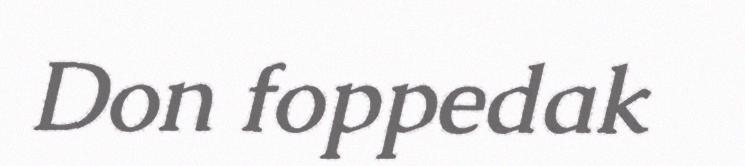
Don foppedak